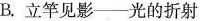
B. 立竿见影——光的折射